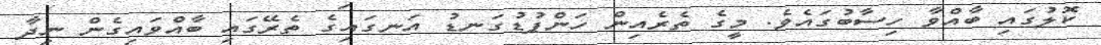
ކޮލުގައި ބާއްވާ ހިސާބުގައެވެ. މީގެ ތެރެއިން ހަންޕުޑުގަނޑު އަނގައިގެ ތެރޭގައި ބާއްވައިގެން ނިދާ